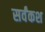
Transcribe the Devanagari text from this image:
सर्वंकश